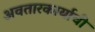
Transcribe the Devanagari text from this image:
अवतारकार्याची